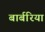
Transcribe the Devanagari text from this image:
बार्बरिया